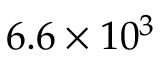
6 . 6 \times 1 0 ^ { 3 }